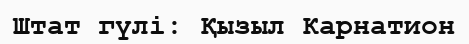
Штат гүлі: Қызыл Карнатион